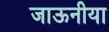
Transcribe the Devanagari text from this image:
जाऊनीया